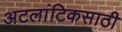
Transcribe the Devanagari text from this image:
अटलांटिकसाठी